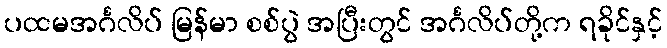
ပထမအင်္ဂလိပ် မြန်မာ စစ်ပွဲ အပြီးတွင် အင်္ဂလိပ်တို့က ရခိုင်နှင့်